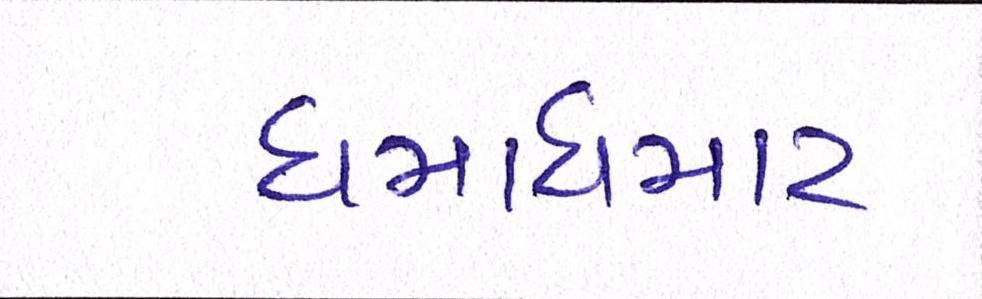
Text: ધમાધમાટ